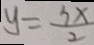
y = \frac { 3 x } { 2 }